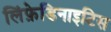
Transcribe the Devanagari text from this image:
लिंफ़ेडिनाइटिस